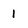
Character: 1